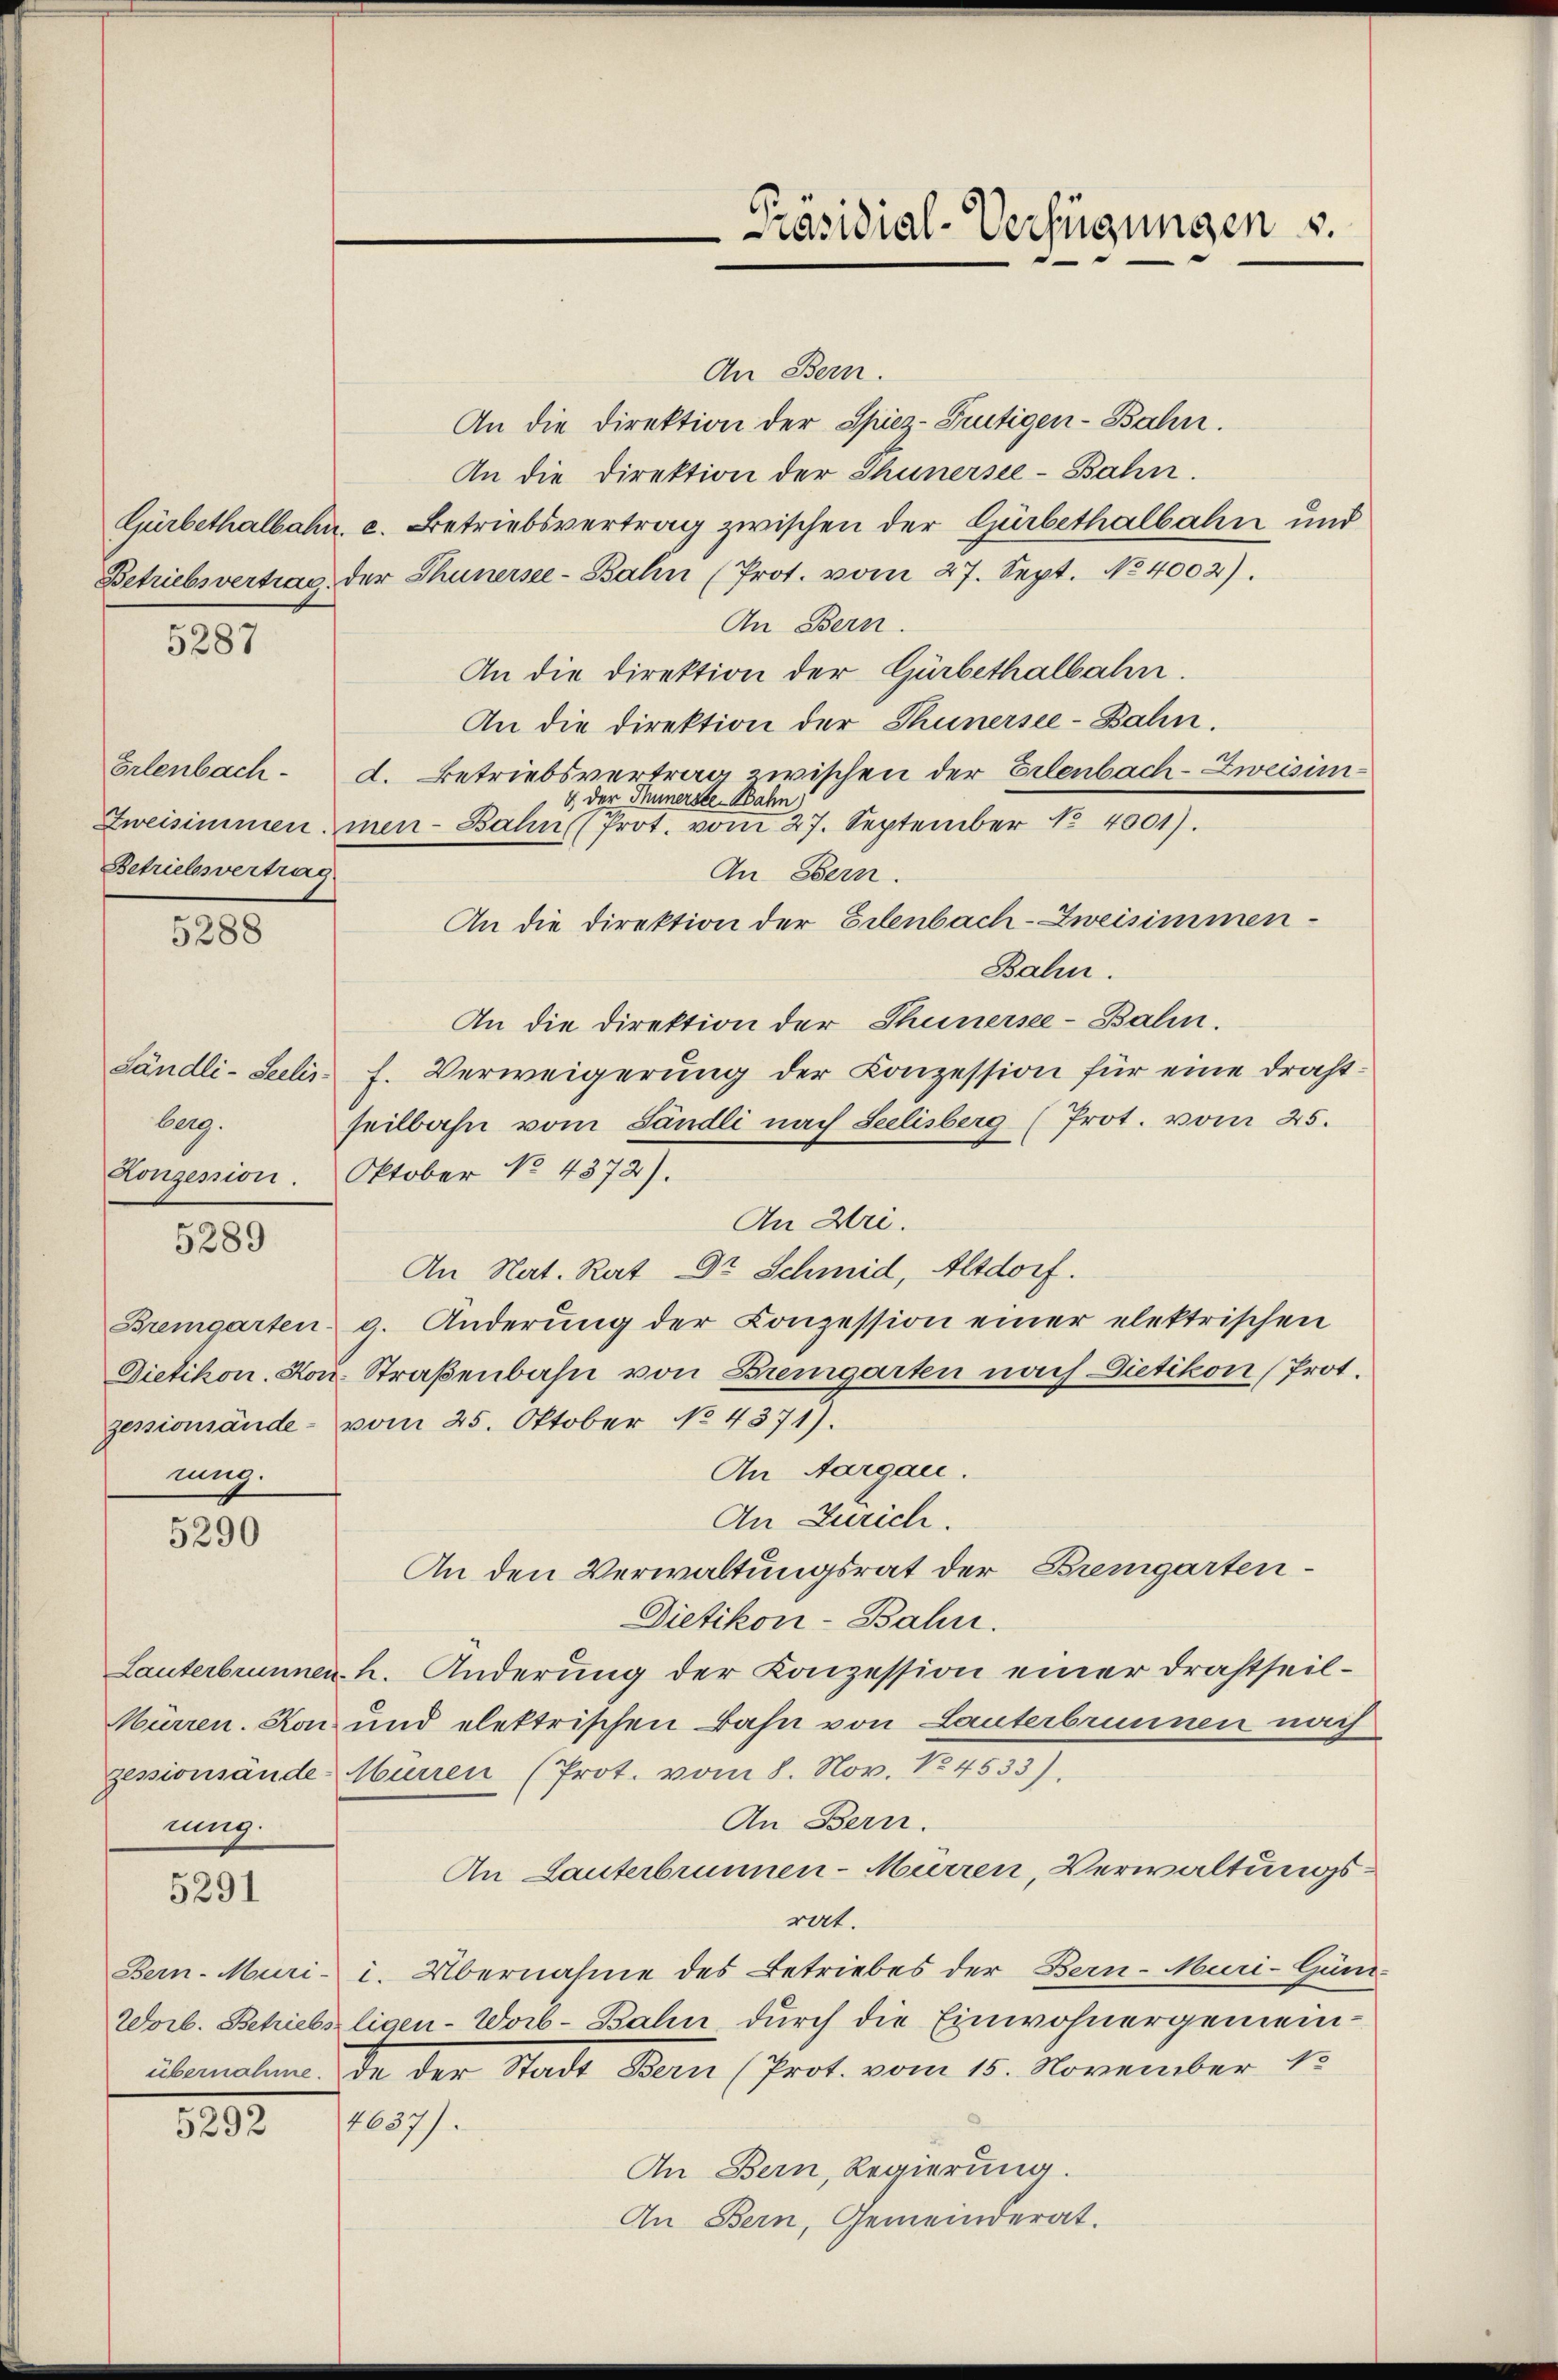
5287

Betriebesvertrag.

5288

berg.
Konzession.

5289

zessionsändenung.

5290

nung.

5291

1292.

An Bern.
An die Direktion der Spiez-Frutigen-Bahn.
An die Direktion der Thunersee-Bahn.
Gürbethalbahn, c. Betriebsvertrag zwischen der Gürbethalbahn und
Betriebsvertrag der Thunersee-Bahn (Prot. vom 27. Sept. No 4002).
An Bern.
An die Direktion der Gürbethalbahn.
An die Direktion der Thunersee-Bahn.
Erlenbach d. Betriebsvertrag zwischen der Erlenbach-Zweisin¬
& der Thunerste Bahn
Zweisimmen men- Bahn (Prot. vom 27. September 84001).
An Bern.
An die Direktion der Erlenbach-Zweisimmen-
Bahn.
An die Direktion der Thunersee-Bahn.
Sändli-Seelis. f. Verweigerung der Conzession für eine Drahtseilbahn vom Ländli nach Seelisberg (Prot. vom 25.
Oktober No. 4372).
An Uri.
An Nat. Rat Dr Schmid, Altdorf.
Bremgarten 9. Anderŭng der Conzession einer elektrischen
Dietikon. Hon. Straßenbahn von Bremgarten nach Dietikon (Prot.
vom 25. Oktober No. 4371).
An Aargau.
An Zürich.
An den Verwaltungsrat der Bremgarten-
Dietikon-Bahn.
Lauterbrunnen h. Änderung der Konzession einer Drahtheil¬
Mürren. Kon und elektrischen Bahn von Lauterbrunnen nach
zessionsände Murren (Prot. vom 8. Nov. No. 4533).
An Bern.
An Lanterbrunnen-Mürren, Verwaltungsrat.
Bern-Muri i. Übernahme des Betriebes der Bern-Muri-Güm-
Worb. Betriebseligen-Worb-Bahn durch die Einwohnergemeinübernahme. In der Stadt Bern (Prot. vom 15. November 18
4637).
An Bern, Regierung.
An Bern, Gemeinderat.

Präsidial-Verfügungen v.